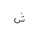
Letter: _shin